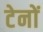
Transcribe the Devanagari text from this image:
टेनों